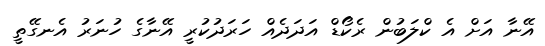
އޭނާ އަށް އެ ކްލަބުން ރެކޯޑް އަދަދެއް ހަރަދުކުރީ އޭނާގެ ހުނަރު އެނގޭތީ